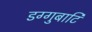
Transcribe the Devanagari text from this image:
डग्गुबाटि